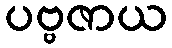
ပဗ္ဗဇာယ